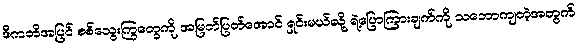
ဒီကတိအပြင် စစ်သွေးကြွတွေကို အမြတ်ပြတ်အောင် ရှင်းမယ်လို့ ရဲ့ပြောကြားချက်ကို သဘောကျတဲ့အတွက်